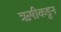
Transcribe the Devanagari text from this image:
ऋषीकडून